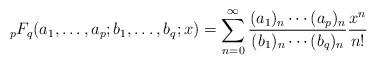
LaTeX: \begin{align*}{}_pF_q(a_1,\dotsc,a_p;b_1,\dotsc,b_q;x)=\sum_{n=0}^\infty\frac{(a_1)_n\dotsm(a_p)_n} {(b_1)_n\dotsm(b_q)_n}\frac{x^n}{n!}\end{align*}